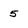
Character: 5